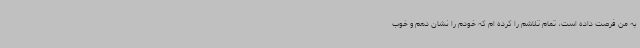
به من فرصت داده است، تمام تلاشم را کرده ام که خودم را نشان دهم و خوب